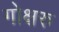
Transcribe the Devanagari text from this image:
गोक्षरु